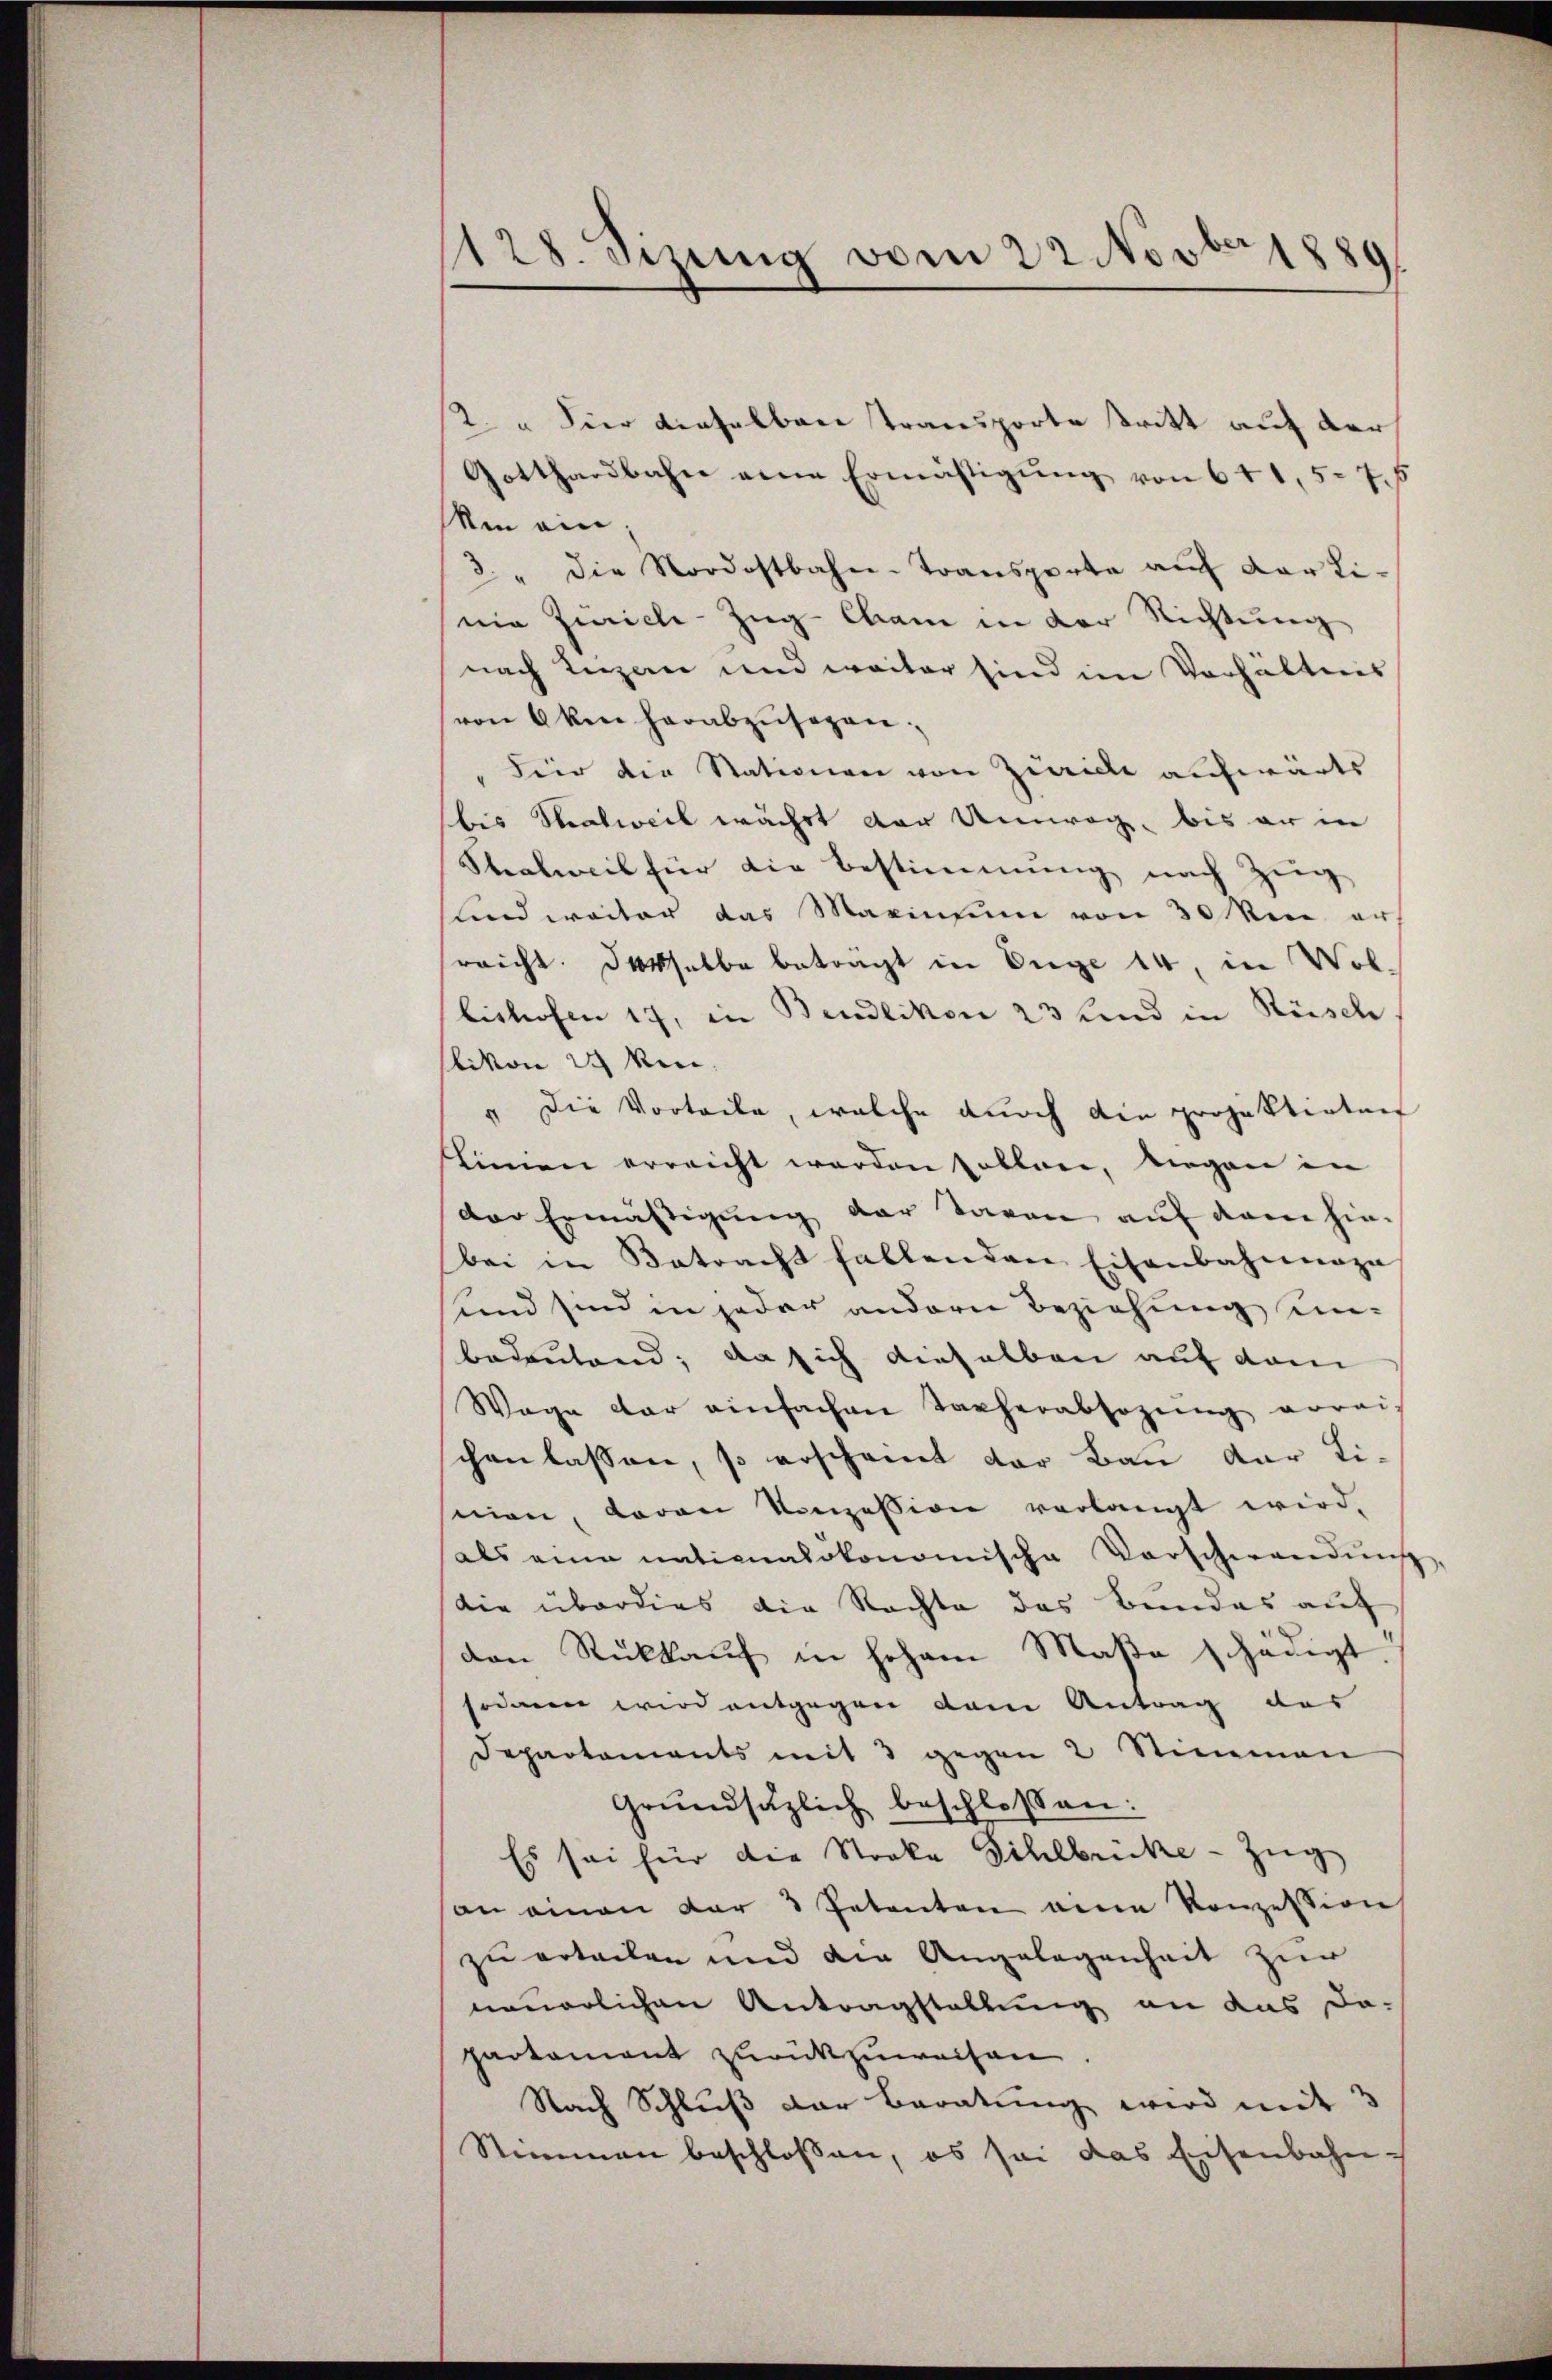
128. Sizung vom 22 Nost
1889

2. " Vier dieselben Transporte tritt auf der
Gotthardbahn eine Ermäβigŭng von 641. 576
Min ein
3. " die Nordostbahn-Transporte auf der Linie Zürich Zug- Cham in der Richtung
nach Luzern und weiter sind im Verhältnis
von Oken herabzusehen.
"Für die Stationen von Zürich aufwärts
bis Stralweil wächst der Umweg, bis er in
Stealweil für die Bestimmung nach Zŭg
lind weiter das Marinsum von 30 von er
reicht derselbe beträgt in Enge 14, in Vol-
bishofen 17, in Bendlikon 23 Kind in Rüsch
livon 24 Min.
" Die Vorteile, welche durch die projektirten
Linnen erreicht worden sollen, liegen in
der Ermässigung der Taven auf dem hin-
bei in Betracht fallenden Eisenbahnnaza
sind sind in jeder andern Beziehung unbedeutend; da sich dieselben auf dem
Wage der einfachen Torherabsozŭng vorauf
chen lassen, so erscheint der Bau der Li-
mian, daran konzession verlangt wird.
als eine nationalökonomische Vorscherwendŭng,
die überdies die Rechte das Bundes auf
den Rückkauf in hohem Maße schädigt.
sodann wird entgegen kam Antrag das
Departements mit 3 gegen 2 Stimmen
Grundsätzlich beschlossen:
Es sei für die Streke Sihlbrücke - Zug
an einen dar 3 Petenten eine Konzession
zu erteilen und die Angelegenheit zur
neuerlichen Antragstaltung an das da-
partement zurückzuweisen.
Nach Schluß der Beratung wird mit 3
Stimmen beschlossen, ob sei das Eisenbahn-